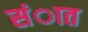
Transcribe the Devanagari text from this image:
संात